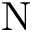
\mathrm { N }